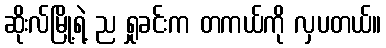
ဆိုးလ်မြို့ရဲ့ ည ရှုခင်းက တကယ်ကို လှပတယ်။